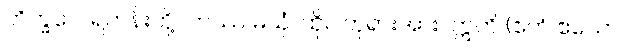
ဘိက္ခဝေ၊ ရဟန်းတို့။ တဿ မယှံ၊ ထိုငါဘုရားအား။ ဣတိ (ဧတံ ဧသော